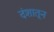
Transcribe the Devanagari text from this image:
दंशातून